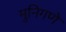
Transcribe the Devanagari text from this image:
मुनिगणे